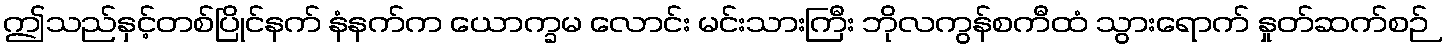
ဤသည်နှင့်တစ်ပြိုင်နက် နံနက်က ယောက္ခမ လောင်း မင်းသားကြီး ဘိုလကွန်စကီထံ သွားရောက် နှုတ်ဆက်စဉ်